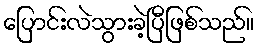
ပြောင်းလဲသွားခဲ့ပြီဖြစ်သည်။